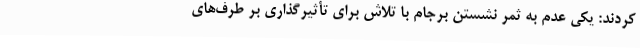
کردند: یکی عدم به ثمر نشستن برجام با تلاش برای تأثیرگذاری بر طرف‌های